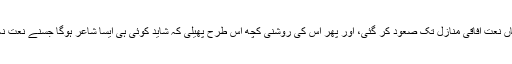
اقبال کے یہاں نعت آفاقی منازل تک صعود کر گئی، اور پھر اس کی روشنی کچھ اس طرح پھیلی کہ شاید کوئی ہی ایسا شاعر ہوگا جسنے نعت نہ کہی ہوگی۔